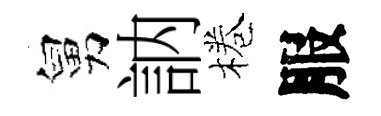
舅訥棬服